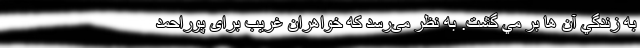
به زندگي آن ها بر مي گشت. به نظر می‌رسد که خواهران غریب برای پوراحمد